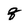
Character: q